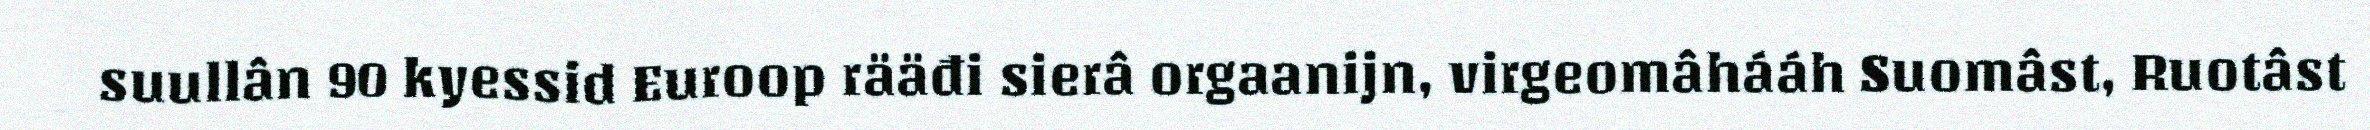
suullân 90 kyessid Euroop rääđi sierâ orgaanijn, virgeomâhááh Suomâst, Ruotâst